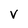
Character: v